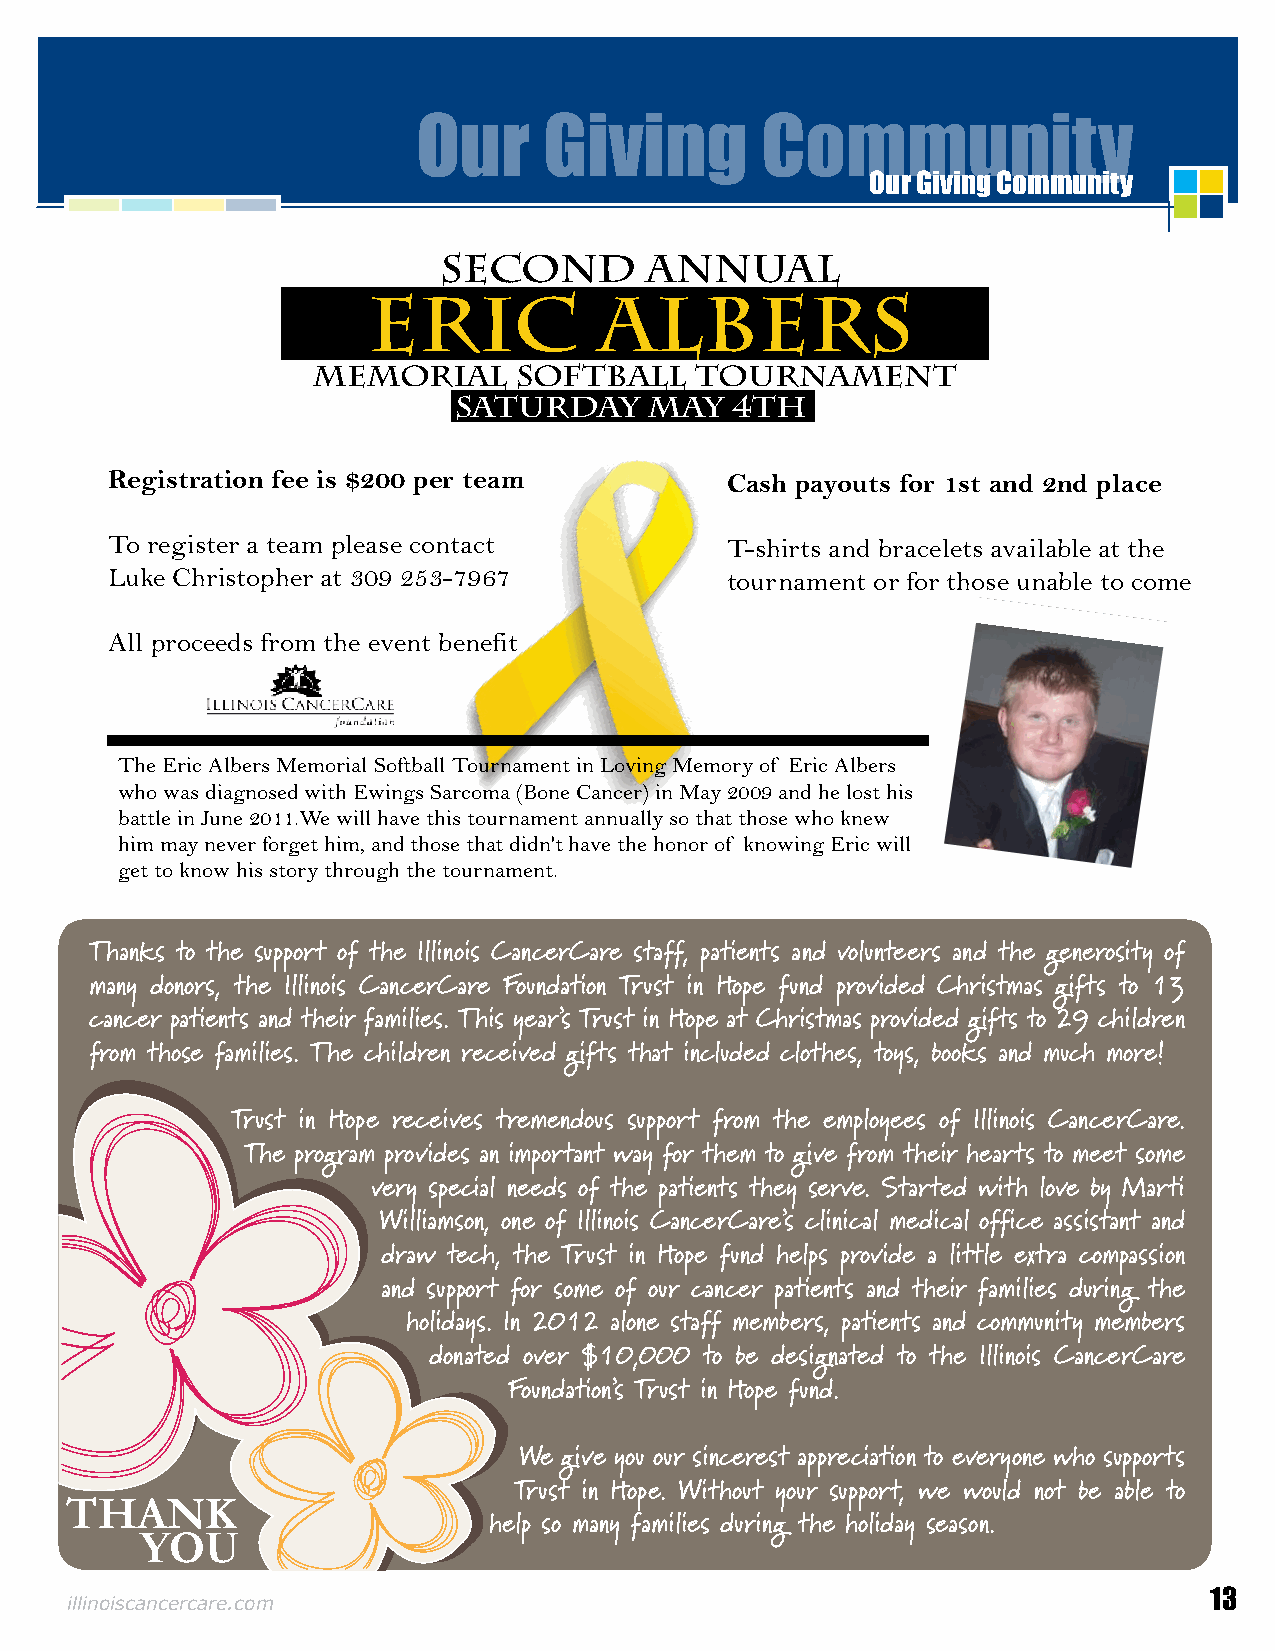
Our     Giving        Community
 Our Giving Community
 second        annual
 eric            albers
 memorial     softball    tournament
 Saturday     may  4th
 Registration fee is $200 per team        Cash payouts for 1st and 2nd place
 To register a team please contact        T-shirts and bracelets available at the
 Luke Christopher at 309 253-7967         tournament or for those unable to come
 All proceeds from the event benefit
 The Eric Albers Memorial Softball Tournament in Loving Memory of Eric Albers
 who was diagnosed with Ewings Sarcoma (Bone Cancer) in May 2009 and he lost his
 battle in June 2011.We will have this tournament annually so that those who knew
 him may never forget him, and those that didn't have the honor of knowing Eric will
 get to know his story through the tournament.
 Thanks to the support of the Illinois CancerCare staff, patients and volunteers and the generosity of
 many donors, the Illinois CancerCare Foundation Trust in Hope fund provided Christmas gifts to 13
 cancer patients and their families. This year’s Trust in Hope at Christmas provided gifts to 29 children
 from those families. The children received gifts that included clothes, toys, books and much more!
 Trust in Hope receives tremendous support from the employees of Illinois CancerCare.
 The program provides an important way for them to give from their hearts to meet some
 very special needs of the patients they serve. Started with love by Marti
 Williamson, one of Illinois CancerCare’s clinical medical office assistant and
 draw tech, the Trust in Hope fund helps provide a little extra compassion
 and support for some of our cancer patients and their families during the
 holidays. In 2012 alone staff members, patients and community members
 donated over $10,000 to be designated to the Illinois CancerCare
 Foundation’s Trust in Hope fund.
 We give you our sincerest appreciation to everyone who supports
 Trust in Hope. Without your support, we would not be able to
 THANK
 help so many families during the holiday season.
 YOU
 illinoiscancercare.com                                                      13